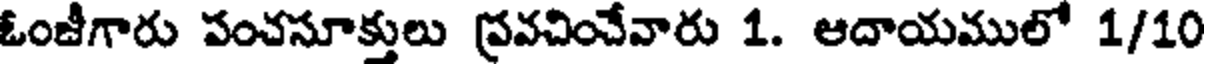
ఓంజీగారు పంచసూక్తులు ప్రవచించేవారు 1. ఆదాయములో 1/10